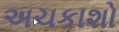
અચકાશો